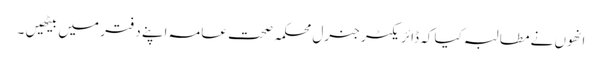
انھوں نے مطالبہ کیا کہ ڈائریکٹر جنرل محکمہ صحت عامہ اپنے دفتر میں بیٹھیں ۔